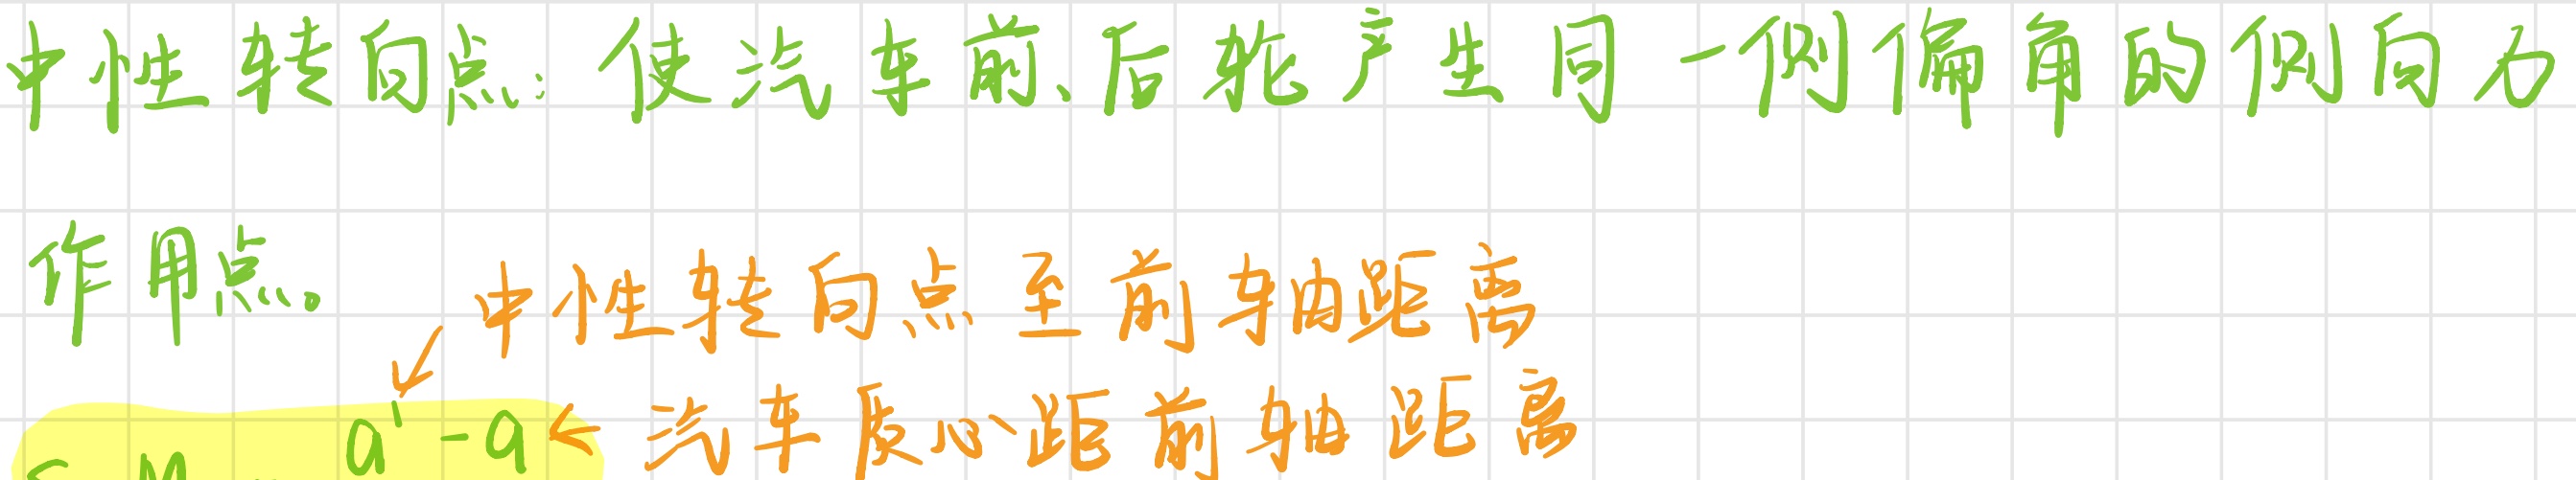
中性转向点：使汽车前、后轮产生同一侧偏角的侧向力作用点。
中性转向点至前轴距离
$a'-a<$汽车质心距前轴距离